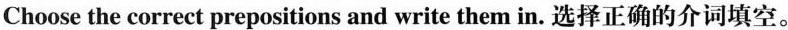
Choose the correct prepositions and write them in. 选择正确的介词填空.